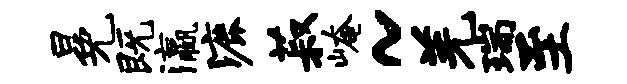
冕既瀛漉菽崦~羌瑞至